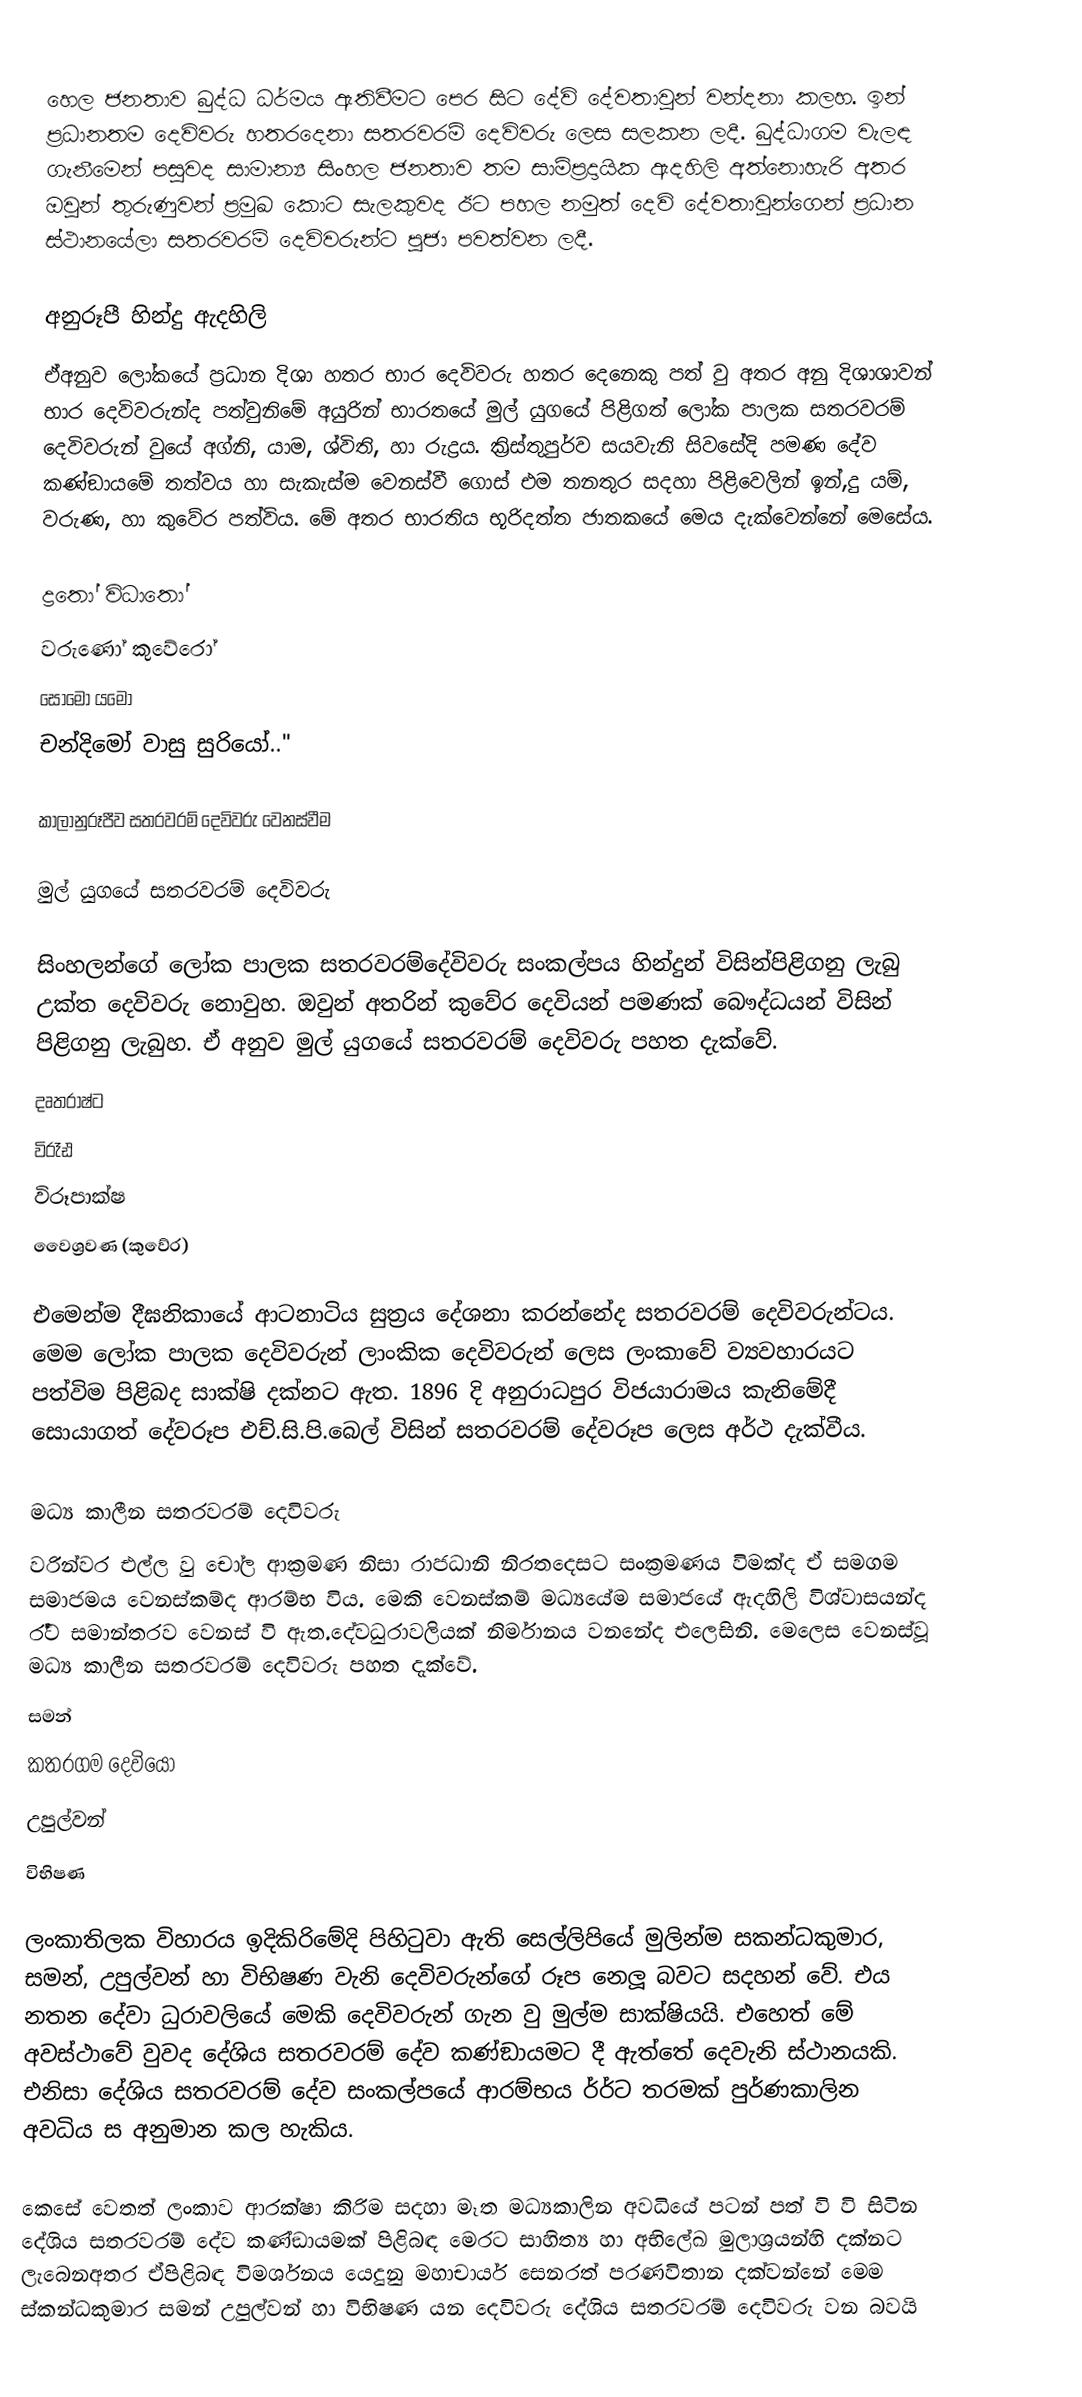
හෙල ජනතාව බුද්ධ ධර්මය ඇතිවීමට පෙර සිට දේවි දේවතාවුන් වන්දනා කලහ. ඉන් ප්‍රධානතම දෙවිවරු හතරදෙනා සතරවරම් දෙවිවරු ලෙස සලකන ලදී. බුද්ධාගම වැලඳ ගැනීමෙන් පසුවද සාමාන්‍ය සිංහල ජනතාව තම සාම්ප්‍රදායික ඇදහිලි අත්නොහැරි අතර ඔවුන් තුරුණුවන් ප්‍රමුඛ කොට සැලකුවද ඊට පහල නමුත් දෙවි දේවතාවුන්ගෙන් ප්‍රධාන ස්ථානයේලා  සතරවරම් දෙවිවරුන්ට පූජා පවත්වන ලදී.

අනුරූපී හින්දු ඇදහිලි
ඒඅනුව ලෝකයේ ප්‍රධාන දිශා හතර භාර දෙවිවරු හතර දෙනෙකු පත් වු අතර අනු දිශාශාවන් භාර දෙවිවරුන්ද පත්වුනිමේ අයුරින් භාරතයේ මුල් යුගයේ පිළිගත් ලෝක පාලක සතරවරම් දෙවිවරුන් වුයේ අග්නි, යාම, ශ්විති, හා රුද්‍රය. ක්‍රිස්තුපුර්ව සයවැනි සිවසේදි පමණ දේව කණ්ඞායමේ තත්වය හා සැකැස්ම වෙනස්වී ගොස් එම තනතුර සදහා පිළිවෙලින් ඉන්,දු යම්, වරුණ, හා කුවේර පත්විය. මේ අතර භාරතිය භූරිදත්ත ජාතකයේ මෙය දැක්වෙන්නේ මෙසේය.

ද්‍රතෝ විධාතෝ
වරුණෝ කුවේරෝ
සෝමෝ යමෝ
චන්දිමෝ වාසු සුරියෝ.."

කාලානුරූපීව සතරවරම් දෙවිවරු වෙනස්වීම

මුල් යුගයේ සතරවරම් දෙවිවරු

සිංහලන්ගේ  ලෝක පාලක සතරවරම්දේවිවරු සංකල්පය හින්දුන් විසින්පිළිගනු ලැබු උක්ත දෙවිවරු නොවුහ. ඔවුන් අතරින් කුවේර දෙවියන් පමණක් බෞද්ධයන් විසින් පිළිගනු ලැබුහ. ඒ අනුව මුල් යුගයේ සතරවරම් දෙවිවරු පහත දැක්වේ.
 දෘතරාෂ්ට
 විරෑඪ
 විරූපාක්ෂ
 වෛශ්‍රවණ (කුවේර)

එමෙන්ම දීඝනිකායේ ආටනාටිය සුත්‍රය දේශනා කරන්නේද සතරවරම් දෙවිවරුන්ටය. මෙම ලෝක පාලක දෙවිවරුන් ලාංකික දෙවිවරුන් ලෙස ලංකාවේ ව්‍යවහාරයට පත්විම පිළිබද සාක්ෂි දක්නට ඇත. 1896 දි අනුරාධපුර විජයාරාමය කැනිමේදී සොයාගත් දේවරූප එච්.සි.පි.බෙල් විසින් සතරවරම් දේවරූප ලෙස අර්ථ දැක්වීය.

මධ්‍ය කාලීන සතරවරම් දෙවිවරු
වරින්වර එල්ල වු චෝල ආක්‍රමණ නිසා රාජධානි නිරතදෙසට සංක්‍රමණය විමක්ද ඒ සමගම සමාජමය වෙනස්කම්ද ආරම්භ විය. මෙකි වෙනස්කම් මධ්‍යයේම සමාජයේ ඇදහිලි විශ්වාසයන්ද ර්‍ර්ට සමාන්තරව වෙනස් වි ඇත.දේවධුරාවලියක් නිර්මානය වනනේද එලෙසිනි. මෙලෙස වෙනස්වූ මධ්‍ය කාලීන සතරවරම් දෙවිවරු පහත දැක්වේ.
 සමන්
 කතරගම දෙවියෝ
 උපුල්වන්
 විභිෂණ

ලංකාතිලක විහාරය ඉදිකිරිමේදි පිහිටුවා ඇති සෙල්ලිපියේ මුලින්ම සකන්ධකුමාර, සමන්, උපුල්වන් හා විභිෂණ වැනි දෙවිවරුන්ගේ රූප නෙලූ බවට සදහන් වේ. එය නතන දේවා ධුරාවලියේ මෙකි දෙවිවරුන් ගැන වු මුල්ම සාක්ෂියයි. එහෙත් මේ අවස්ථාවේ වුවද දේශිය සතරවරම් දේව කණ්ඞායමට දී ඇත්තේ දෙවැනි ස්ථානයකි.  එනිසා දේශිය සතරවරම් දේව සංකල්පයේ ආරම්භය ර්‍ර්ට තරමක් පුර්ණකාලින අවධිය ස අනුමාන කල හැකිය.

කෙසේ වෙතත් ලංකාව ආරක්ෂා කිරිම සදහා මෑත මධ්‍යකාලින අවධියේ පටන් පත් වි වි සිටින දේශිය සතරවරම් දේව කණ්ඞායමක් පිළිබඳ මෙරට සාහිත්‍ය හා අභිලේඛ මුලාශ්‍රයන්හි දක්නට ලැබෙනඅතර ඒපිළිබඳ විමර්ශනය යෙදුනු මහාචාර්ය සෙනරත් පරණවිතාන දක්වන්නේ මෙම ස්කන්ධකුමාර සමන් උපුල්වන් හා විභිෂණ යන දෙවිවරු දේශිය සතරවරම් දෙවිවරු වන බවයි